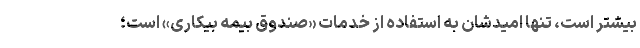
بیشتر است، تنها امیدشان به استفاده از خدمات «صندوق بیمه بیکاری» است؛